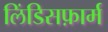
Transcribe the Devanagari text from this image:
लिंडिसफ़ार्म